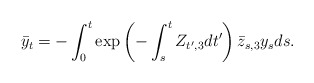
\begin{align*}\bar{y}_t = - \int_0^t \exp\left(-\int_s^t Z_{t',3}dt'\right)\bar{z}_{s,3}y_s ds.\end{align*}